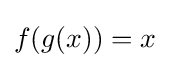
f(g(x))=x